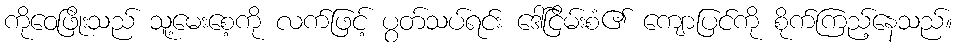
ကိုဝေဖြိုးသည် သူ့မေးစေ့ကို လက်ဖြင့် ပွတ်သပ်ရင်း ဒေါ်ငြိမ်းစံ၏ ကျောပြင်ကို စိုက်ကြည့်နေသည်။